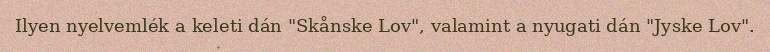
Ilyen nyelvemlék a keleti dán "Skånske Lov", valamint a nyugati dán "Jyske Lov".